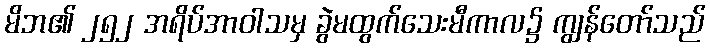
မိဘ၏ ၂၅၂ အရိပ်အာဝါသမှ ခွဲမထွက်သေးမီကာလ၌ ကျွန်တော်သည်